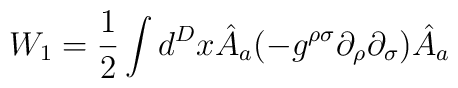
W_{1} =\frac{1}{2}\int d^{D}x\hat{A}_{a}(-g^{\rho\sigma}\partial_{\rho}\partial_{\sigma})\hat{A}_{a}